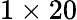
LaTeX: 1\times 20